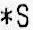
*S